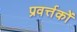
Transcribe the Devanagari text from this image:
प्रवर्त्तकों